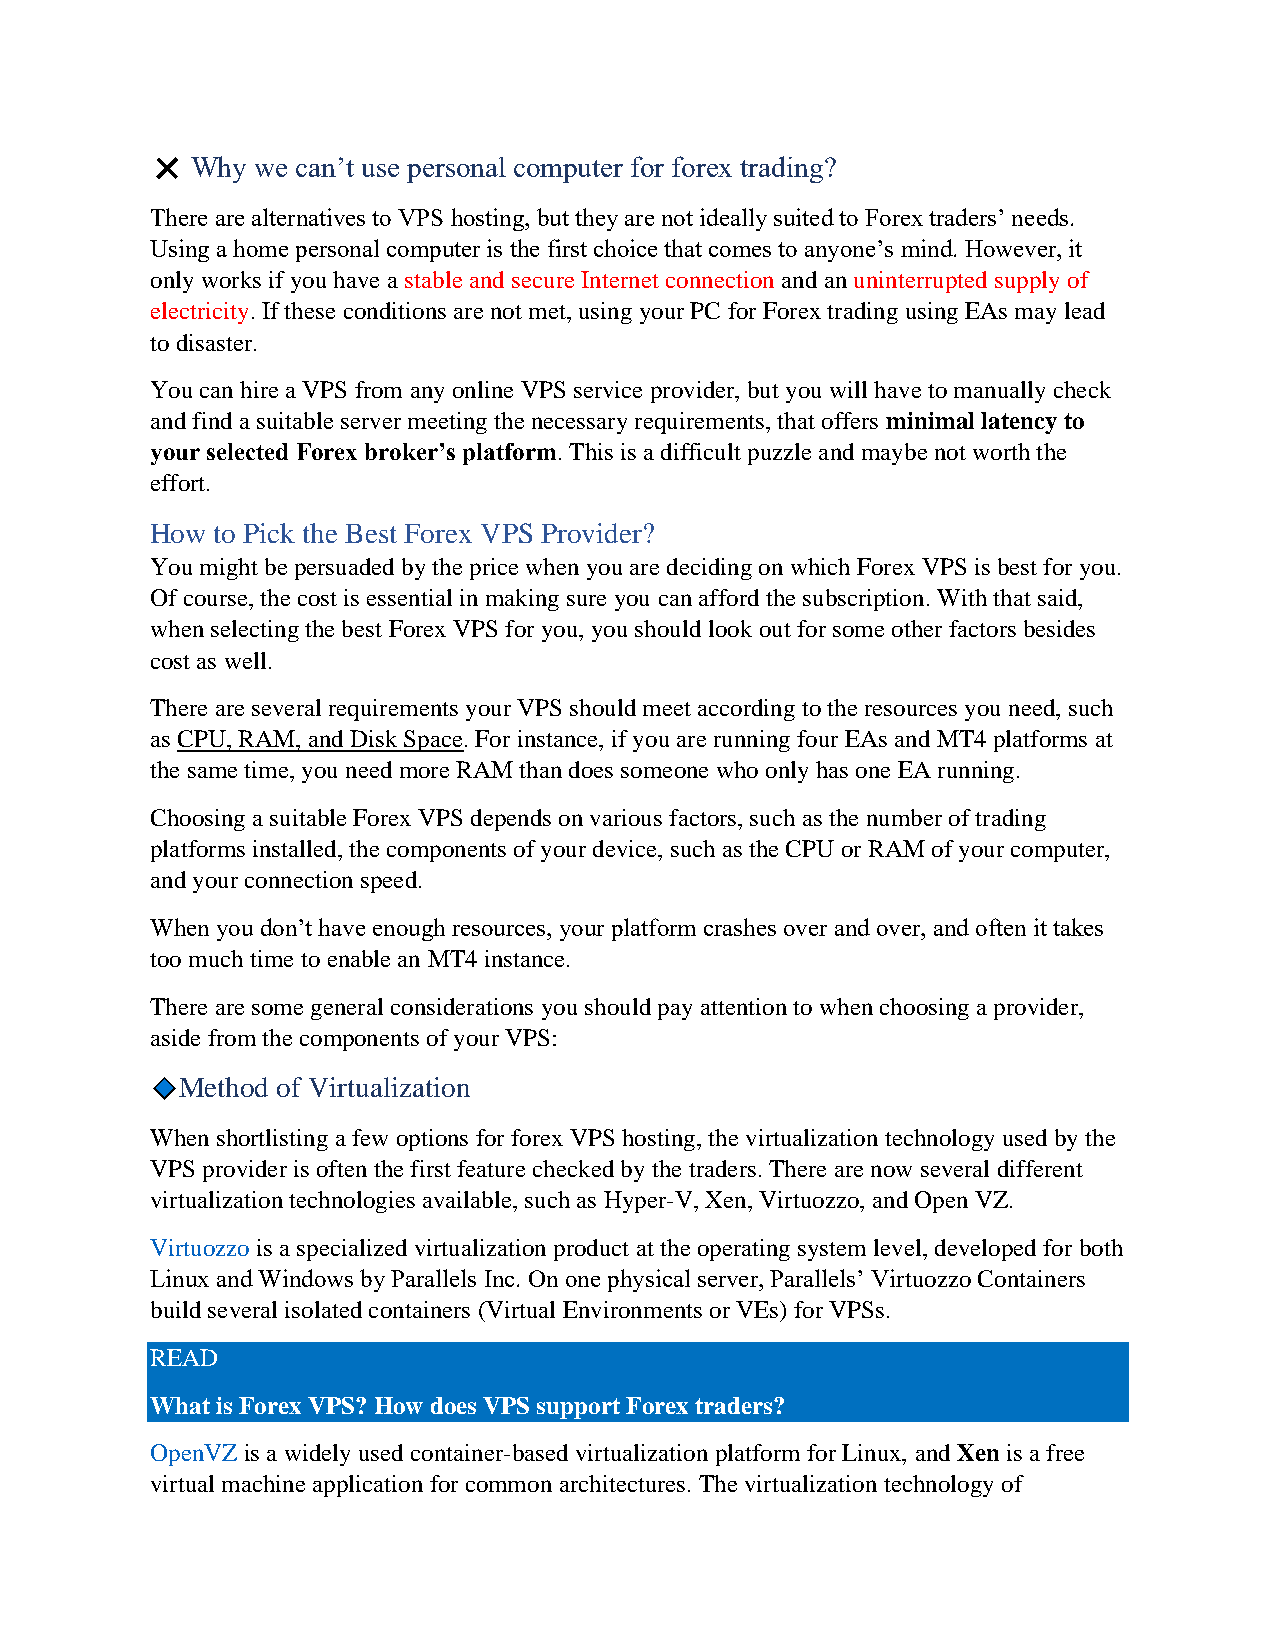
❌  Why we can’t use personal computer for forex trading?
 There are alternatives to VPS hosting, but they are not ideally suited to Forex traders’ needs.
 Using a home personal computer is the first choice that comes to anyone’s mind. However, it
 only works if you have a stable and secure Internet connection and an uninterrupted supply of
 electricity. If these conditions are not met, using your PC for Forex trading using EAs may lead
 to disaster.
 You can hire a VPS from any online VPS service provider, but you will have to manually check
 and find a suitable server meeting the necessary requirements, that offers minimal latency to
 your selected Forex broker’s platform. This is a difficult puzzle and maybe not worth the
 effort.
 How to Pick the Best Forex VPS Provider?
 You might be persuaded by the price when you are deciding on which Forex VPS is best for you.
 Of course, the cost is essential in making sure you can afford the subscription. With that said,
 when selecting the best Forex VPS for you, you should look out for some other factors besides
 cost as well.
 There are several requirements your VPS should meet according to the resources you need, such
 as CPU, RAM, and Disk Space. For instance, if you are running four EAs and MT4 platforms at
 the same time, you need more RAM than does someone who only has one EA running.
 Choosing a suitable Forex VPS depends on various factors, such as the number of trading
 platforms installed, the components of your device, such as the CPU or RAM of your computer,
 and your connection speed.
 When you don’t have enough resources, your platform crashes over and over, and often it takes
 too much time to enable an MT4 instance.
 There are some general considerations you should pay attention to when choosing a provider,
 aside from the components of your VPS:
 Method of Virtualization
 When shortlisting a few options for forex VPS hosting, the virtualization technology used by the
 VPS provider is often the first feature checked by the traders. There are now several different
 virtualization technologies available, such as Hyper-V, Xen, Virtuozzo, and Open VZ.
 Virtuozzo is a specialized virtualization product at the operating system level, developed for both
 Linux and Windows by Parallels Inc. On one physical server, Parallels’ Virtuozzo Containers
 build several isolated containers (Virtual Environments or VEs) for VPSs.
 READ
 What is Forex VPS? How does VPS support Forex traders?
 OpenVZ is a widely used container-based virtualization platform for Linux, and Xen is a free
 virtual machine application for common architectures. The virtualization technology of